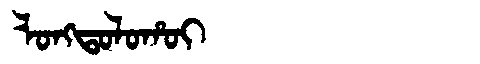
Manchu: ᠯᠣᠩᡨᠣᠯᠣᡥᠣᡳ
Romanization: LONGTOLOHOI